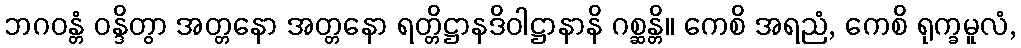
ဘဂဝန္တံ ဝန္ဒိတွာ အတ္တနော အတ္တနော ရတ္တိဋ္ဌာနဒိဝါဋ္ဌာနာနိ ဂစ္ဆန္တိ။ ကေစိ အရညံ, ကေစိ ရုက္ခမူလံ,